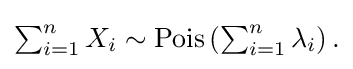
{\textstyle \sum _{i=1}^{n}X_{i}\sim \operatorname {Pois} \left(\sum _{i=1}^{n}\lambda _{i}\right).}